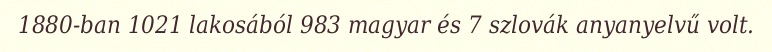
1880-ban 1021 lakosából 983 magyar és 7 szlovák anyanyelvű volt.